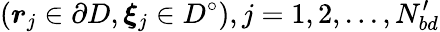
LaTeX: (\boldsymbol{r}_{j}\in\partial D,\boldsymbol{\xi}_{j}\in D^{\circ}),j=1,2,...,N_{bd}^{\prime}